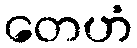
တေဟံ